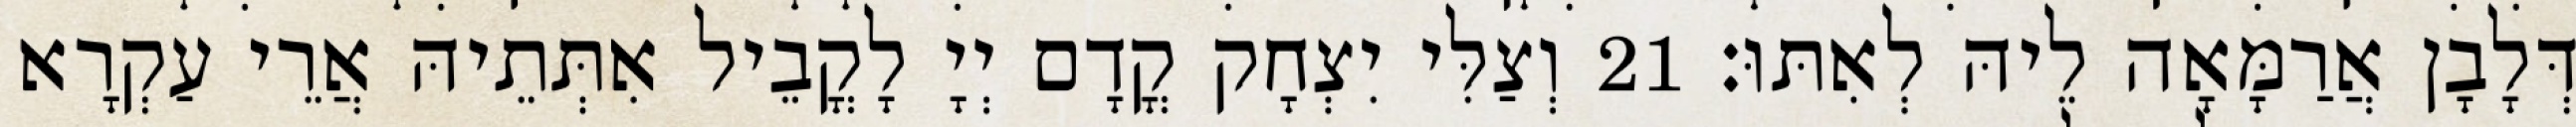
דְּלָבָן אֲרַמָּאָה לֵיהּ לְאִתּוּ׃ 21 וְצַלִּי יִצְחָק קֳדָם יְיָ לָקֳבֵיל אִתְּתֵיהּ אֲרֵי עַקְרָא